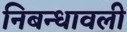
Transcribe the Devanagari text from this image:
निबन्‍धावली